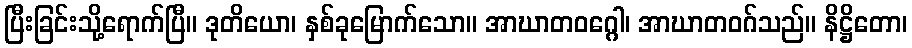
ပြီးခြင်းသို့ရောက်ပြီ။ ဒုတိယော၊ နှစ်ခုမြောက်သော။ အာဃာတဝဂ္ဂေါ၊ အာဃာတဝဂ်သည်။ နိဋ္ဌိတော၊